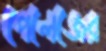
পেলেজের